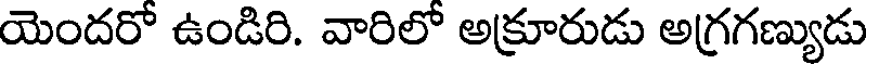
యెందరో ఉండిరి. వారిలో అక్రూరుడు అగ్రగణ్యుడు